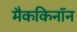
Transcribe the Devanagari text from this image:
मैककिनॉन